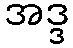
အဒ္ဒ